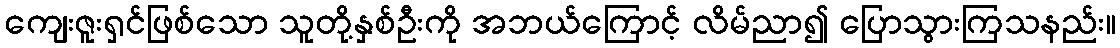
ကျေးဇူးရှင်ဖြစ်သော သူတို့နှစ်ဦးကို အဘယ်ကြောင့် လိမ်ညာ၍ ပြောသွားကြသနည်း။